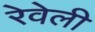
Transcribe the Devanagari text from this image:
रेवेली